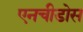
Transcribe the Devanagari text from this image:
एनचीडोस